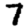
Digit: 7